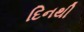
દિનથી